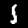
Digit: 1